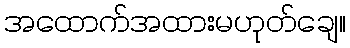
အထောက်အထားမဟုတ်ချေ။